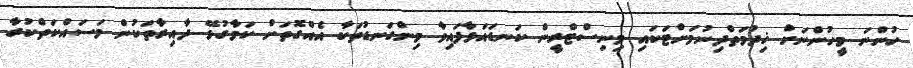
ހުންނަ މީހުންނަށް ޚިދުމަތްދިނުމަށްޓަކައި މިނިސްޓްރީން ކަނޑައަޅާފައިވާ މިންގަނޑުތަކާ އެއްގޮތަށް ކަމާގުޅޭ ދާއިރާތަކުން މަސައްކަތްކުރާ